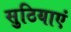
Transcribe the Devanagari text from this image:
सुठियाएं